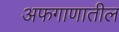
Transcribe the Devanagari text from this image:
अफगाणातील